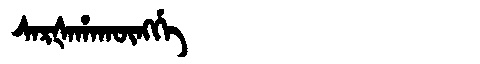
Manchu: ᠰᠠᡵᡧᠠᡥᠠᡴᡡᠩᡤᡝ
Romanization: SARŠAHAKŪNGGE